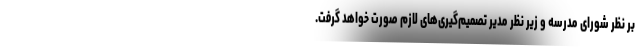
بر نظر شورای مدرسه و زیر نظر مدیر تصمیم‌گیری‌های لازم صورت خواهد گرفت.